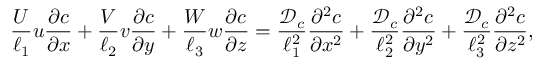
\frac { U } { \ell _ { 1 } } u \frac { \partial c } { \partial x } + \frac { V } { \ell _ { 2 } } v \frac { \partial c } { \partial y } + \frac { W } { \ell _ { 3 } } w \frac { \partial c } { \partial z } = \frac { { \mathcal { D } } _ { c } } { \ell _ { 1 } ^ { 2 } } \frac { \partial ^ { 2 } c } { \partial x ^ { 2 } } + \frac { { \mathcal { D } } _ { c } } { \ell _ { 2 } ^ { 2 } } \frac { \partial ^ { 2 } c } { \partial y ^ { 2 } } + \frac { { \mathcal { D } } _ { c } } { \ell _ { 3 } ^ { 2 } } \frac { \partial ^ { 2 } c } { \partial z ^ { 2 } } ,